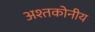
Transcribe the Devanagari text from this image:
अश्तकोनीय